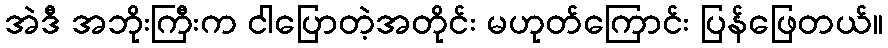
အဲဒီ အဘိုးကြီးက ငါပြောတဲ့အတိုင်း မဟုတ်ကြောင်း ပြန်ဖြေတယ်။